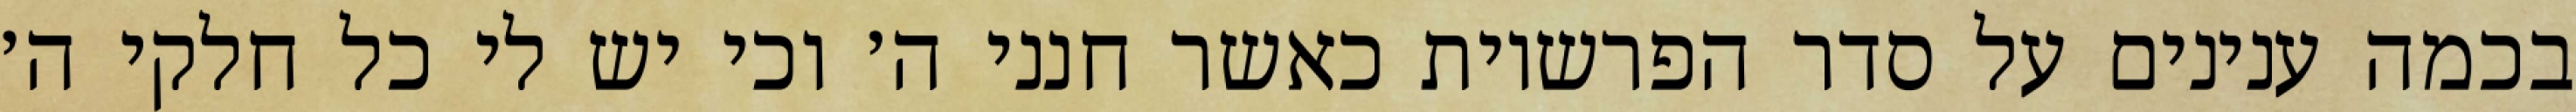
בכמה ענינים על סדר הפרשיות כאשר חנני ה׳ וכי יש לי כל חלקי ה׳